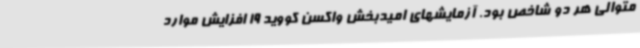
متوالی هر دو شاخص بود. آزمایشهای امیدبخش واکسن کووید 19 افزایش موارد